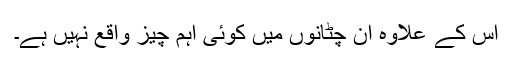
اس کے علاوہ ان چٹانوں میں کوئی اہم چیز واقع نہیں ہے۔